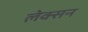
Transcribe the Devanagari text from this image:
लेक्सन